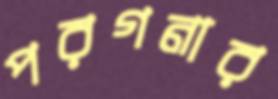
পরগনার